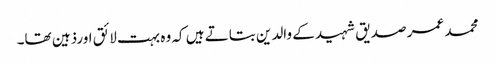
محمد عمر صدیق شہید کے والدین بتاتے ہیں کہ وہ بہت لائق اورذہین تھا۔